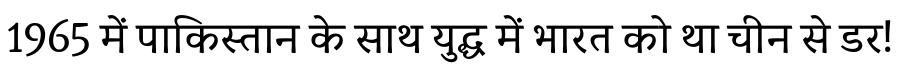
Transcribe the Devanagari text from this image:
1965 में पाकिस्तान के साथ युद्ध में भारत को था चीन से डर!